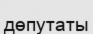
дөпутаты